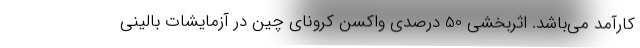
کارآمد می‌باشد. اثربخشی 50 درصدی واکسن کرونای چین در آزمایشات بالینی